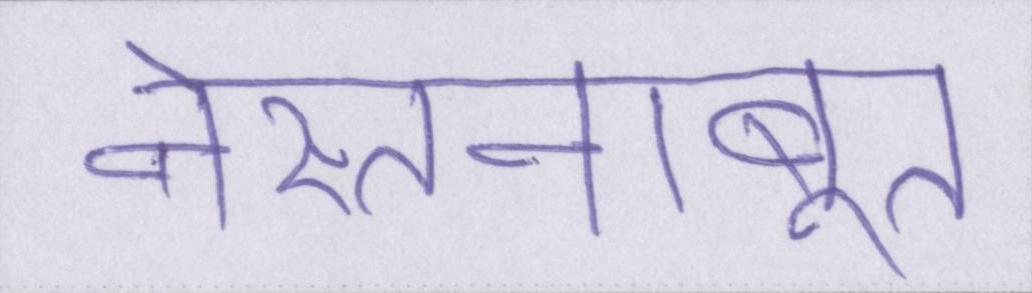
नेस्तनाबूत